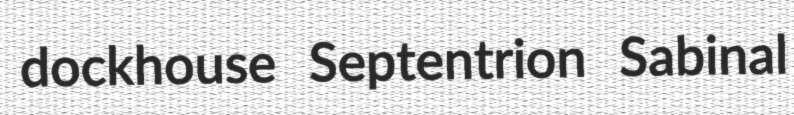
dockhouse Septentrion Sabinal